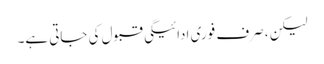
لیکن ، صرف فوری ادائیگی قبول کی جاتی ہے۔